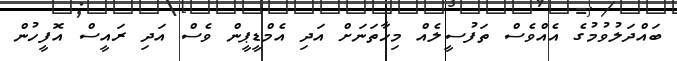
ބައްދަލުވުމުގެ އެއްވެސް ތަފުސީލެއް މިހާތަނަށް އަދި އެމްޑީޕީން ވެސް އަދި ރައީސް އޮފީހުން